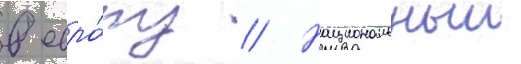
в евро́пу // Национальныи